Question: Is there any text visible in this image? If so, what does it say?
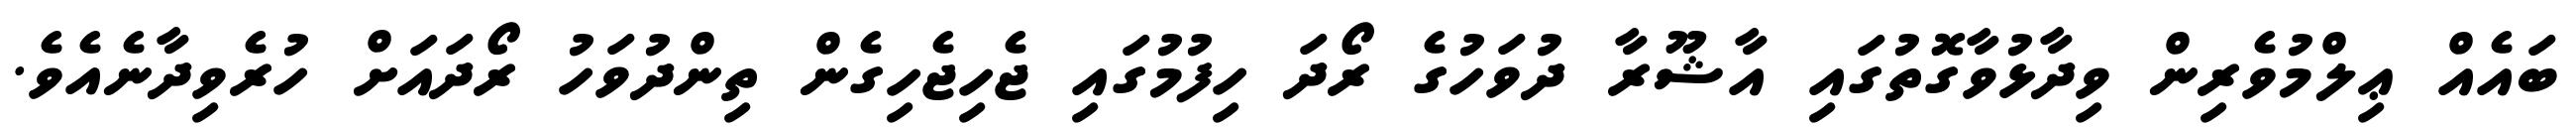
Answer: ބައެއް ޢިލްމުވެރިން ވިދާޅުވާގޮތުގައި އާޝޫރާ ދުވަހުގެ ރޯދަ ހިފުމުގައި ޖެހިޖެހިގެން ތިންދުވަހު ރޯދައަށް ހުރެވިދާނެއެވެ.